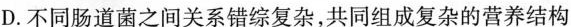
D.不同肠道菌之间关系错综复杂,共同组成复杂的营养结构